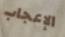
الإعجاب